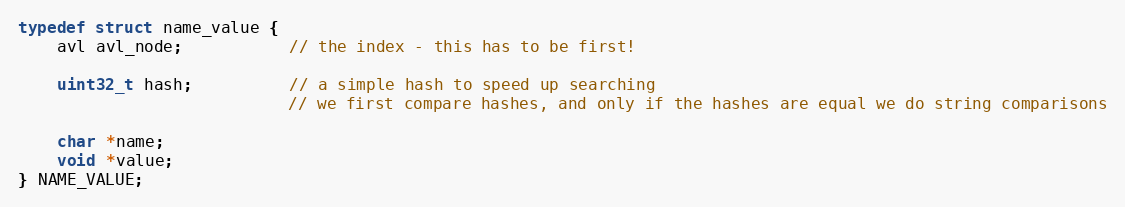
Language: C
typedef struct name_value {
    avl avl_node;           // the index - this has to be first!

    uint32_t hash;          // a simple hash to speed up searching
                            // we first compare hashes, and only if the hashes are equal we do string comparisons

    char *name;
    void *value;
} NAME_VALUE;